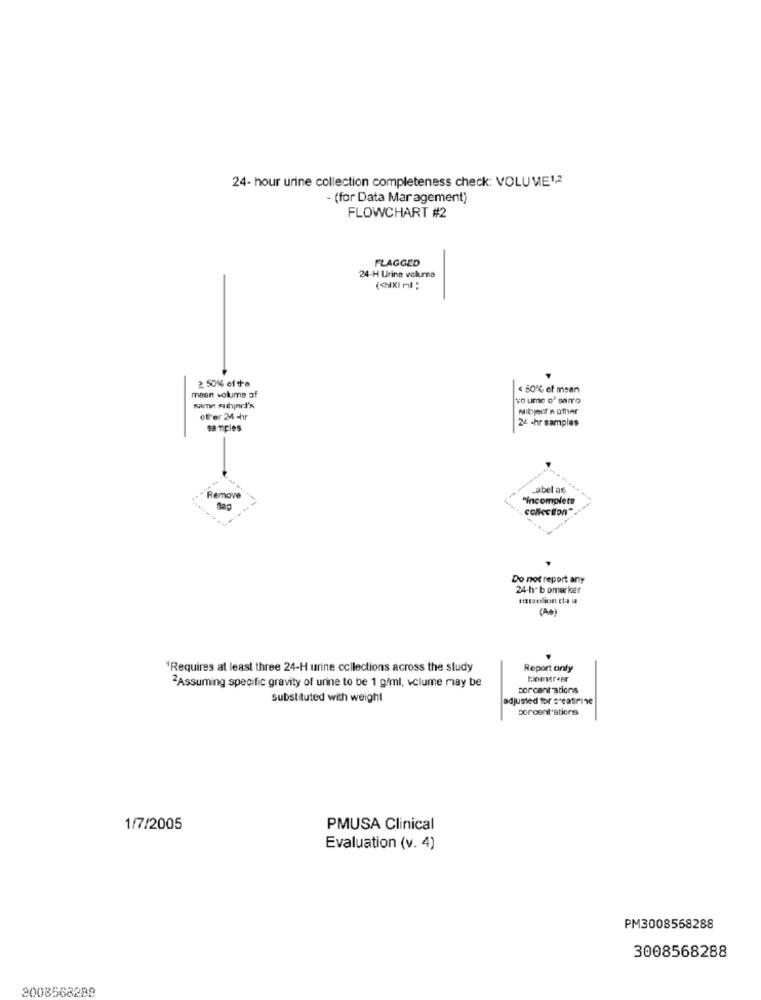
24- hour urine collection completeness check: VOLUME1,2
- (for Data Mar agement)
FLOWCHART #2
FLAGGED
24-H Urine volume
2 50% of the
mean volume of
< 80% of means
vo ume of sarro
same suthindi's
Mibject'n other
off er 24 chir
samples
24 -hr samples
Remove
Label as
"incomplete
collection"
Do not report any
24-hab omarker
(A)
1Requires at least three 24-H urine collections across the study
Report only
2Assuming specific gravity of urine to be 1 g/ml, volume may be
porcent ations
substituted with weight
adjusted for seatirine
porcent'ations
1/7/2005
PMUSA Clinical
Evaluation (v. 4)
PM3008558288
3008568288
3008568288